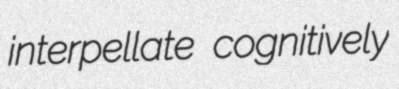
interpellate cognitively